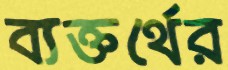
ব্যক্তর্থের